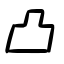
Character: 凸